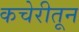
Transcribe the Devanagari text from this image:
कचेरीतून